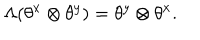
LaTeX: \Lambda ( \theta ^ { x } \otimes \theta ^ { y } ) = \theta ^ { y } \otimes \theta ^ { x } .